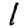
Digit: 1